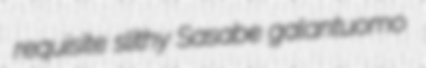
requisite slithy Sasabe galantuomo